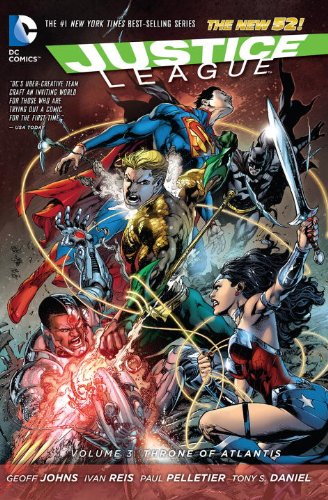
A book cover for Justice League Vol. 3: Throne of Atlantis (The New 52) (Jla (Justice League of America)); Geoff Johns; Comics & Graphic Novels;